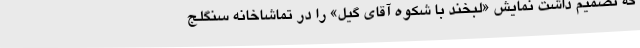
که تصمیم داشت نمایش «لبخند با شکوه آقای گیل» را در تماشاخانه سنگلج